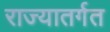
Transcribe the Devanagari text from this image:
राज्यातर्गत